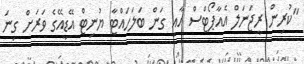
"ކުރިން ރީޖަނަލް އެއާޕޯޓްސް އާއި ގަން ބަލަހައްޓާ ޔުނިޓް އޭޑީއޭގެ ވަރަށް ގިނަ